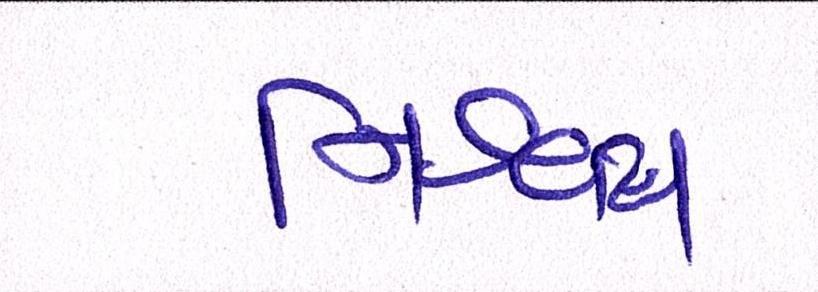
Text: નિશ્ચય